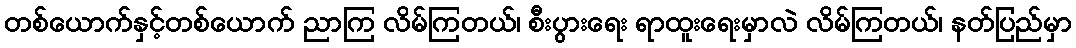
တစ်ယောက်နှင့်တစ်ယောက် ညာကြ လိမ်ကြတယ်၊ စီးပွားရေး ရာထူးရေးမှာလဲ လိမ်ကြတယ်၊ နတ်ပြည်မှာ